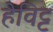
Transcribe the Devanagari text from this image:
हेविट्ट